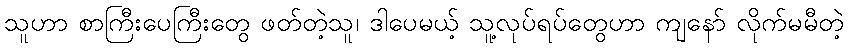
သူဟာ စာကြီးပေကြီးတွေ ဖတ်တဲ့သူ၊ ဒါပေမယ့် သူ့လုပ်ရပ်တွေဟာ ကျနော် လိုက်မမီတဲ့